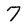
Character: 7